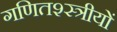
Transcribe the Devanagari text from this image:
गणितश्स्त्रीयों